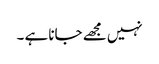
نہیں مجھے جانا ہے ۔